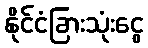
နိုင်ငံခြားသုံးငွေ